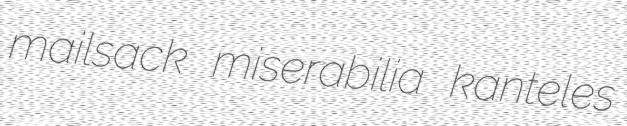
mailsack miserabilia kanteles